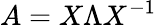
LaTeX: A=X\Lambda X^{-1}